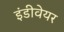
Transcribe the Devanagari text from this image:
इंडीवेयर